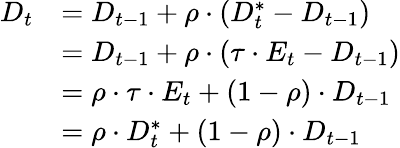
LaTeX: {\begin{array}{rl}{D_{t}}&{=D_{t-1}+\rho\cdot\left(D_{t}^{*}-D_{t-1}\right)}\\ &{=D_{t-1}+\rho\cdot\left(\tau\cdot E_{t}-D_{t-1}\right)}\\ &{=\rho\cdot\tau\cdot E_{t}+(1-\rho)\cdot D_{t-1}}\\ &{=\rho\cdot D_{t}^{*}+(1-\rho)\cdot D_{t-1}}\end{array}}